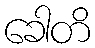
ခေါတိ